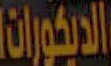
والديكورات